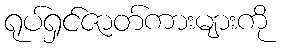
ရုပ်ရှင်ဇာတ်ကားများကို